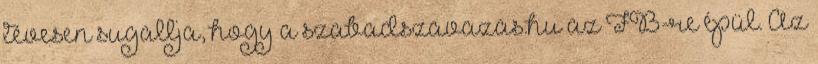
tévesen sugallja, hogy a szabadszavazas.hu az FB-re épül. Az